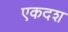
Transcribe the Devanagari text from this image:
एकदश